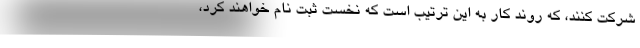
شرکت کنند، که روند کار به این ترتیب است که نخست ثبت نام خواهند کرد،